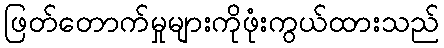
ဖြတ်တောက်မှုများကိုဖုံးကွယ်ထားသည်